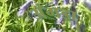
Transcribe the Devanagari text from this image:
अँगड़ा